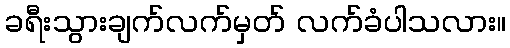
ခရီးသွားချက်လက်မှတ် လက်ခံပါသလား။